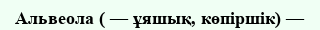
Альвеола ( — ұяшық, көпіршік) —